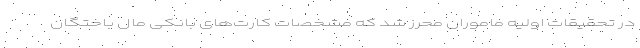
در تحقیقات اولیه ماموران محرز شد که مشخصات کارت‌های بانکی مال باختگان